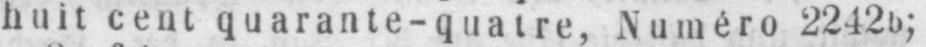
huit cent quarante-quatre, Numéro 2242b;